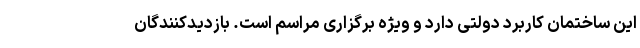
این ساختمان کاربرد دولتی دارد و ویژه برگزاری مراسم است. بازدیدکنندگان